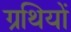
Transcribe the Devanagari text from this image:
ग्रथियों